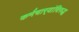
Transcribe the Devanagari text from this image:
कर्मचार्‍यांविरुद्ध